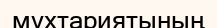
мұхтариятының